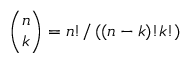
\binom { n } { k } = n ! / \left( \left( n - k \right) ! k ! \right)